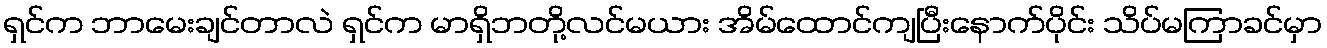
ရှင်က ဘာမေးချင်တာလဲ ရှင်က မာရှိဘတို့လင်မယား အိမ်ထောင်ကျပြီးနောက်ပိုင်း သိပ်မကြာခင်မှာ